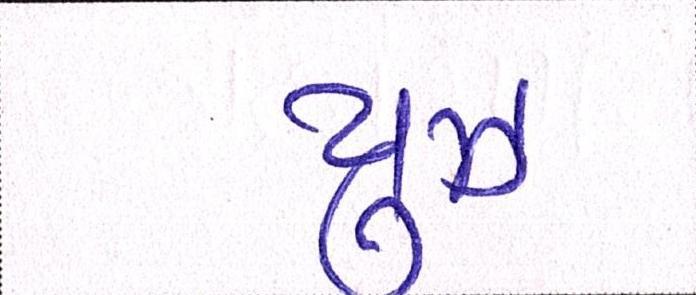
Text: યુઝ